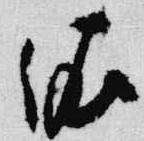
依